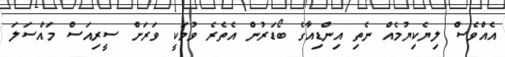
އެއްވެސް ލިޔެކިޔުމެއް ނެތި އިންޑިއާގެ ބޯޑަރުން އެތެރެ ވުމަކީ ވަރަށް ސީރިއަސް މައްސަލަ